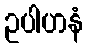
ဥပါဟနံ